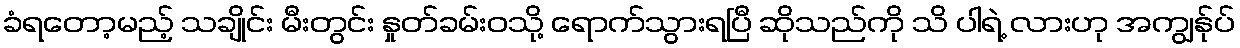
ခံရတော့မည့် သချိုင်း မီးတွင်း နှုတ်ခမ်းဝသို့ ရောက်သွားရပြီ ဆိုသည်ကို သိ ပါရဲ့ လားဟု အကျွန်ုပ်